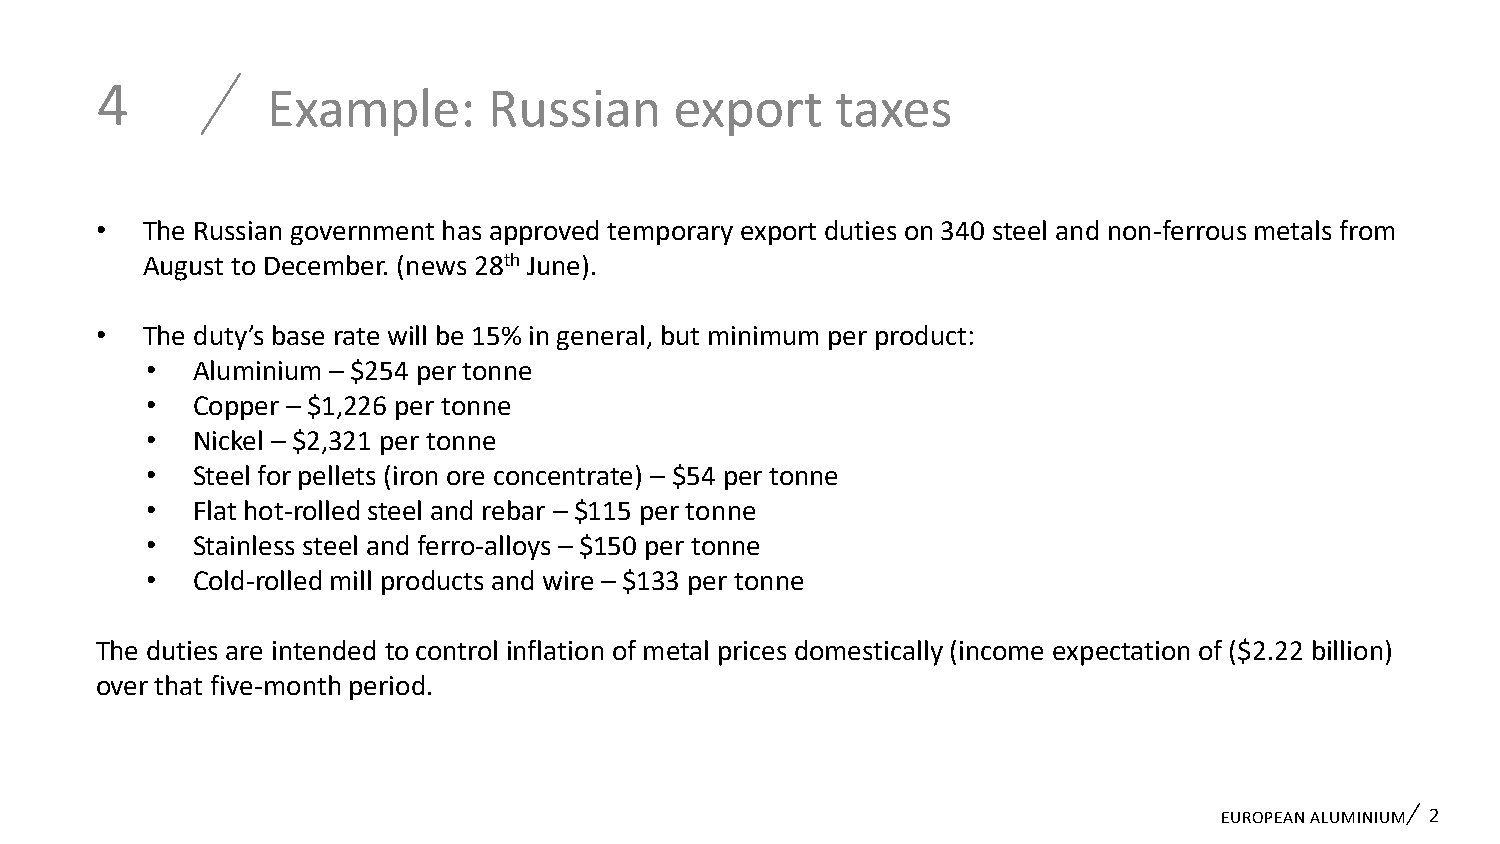
4
 Example:      Russian      export    taxes
 •  The Russian government has approved temporary export duties on 340 steel and non-ferrous metals from
 August to December. (news 28th June).
 •  The duty’s base rate will be 15% in general, but minimum per product:
 •  Aluminium – $254 per tonne
 •  Copper – $1,226 per tonne
 •  Nickel – $2,321 per tonne
 •  Steel for pellets (iron ore concentrate) – $54 per tonne
 •  Flat hot-rolled steel and rebar – $115 per tonne
 •  Stainless steel and ferro-alloys – $150 per tonne
 •  Cold-rolled mill products and wire – $133 per tonne
 The duties are intended to control inflation of metal prices domestically (income expectation of ($2.22 billion)
 over that five-month period.
 EUROPEAN ALUMINIUM 2